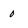
Character: 0